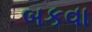
બકવા